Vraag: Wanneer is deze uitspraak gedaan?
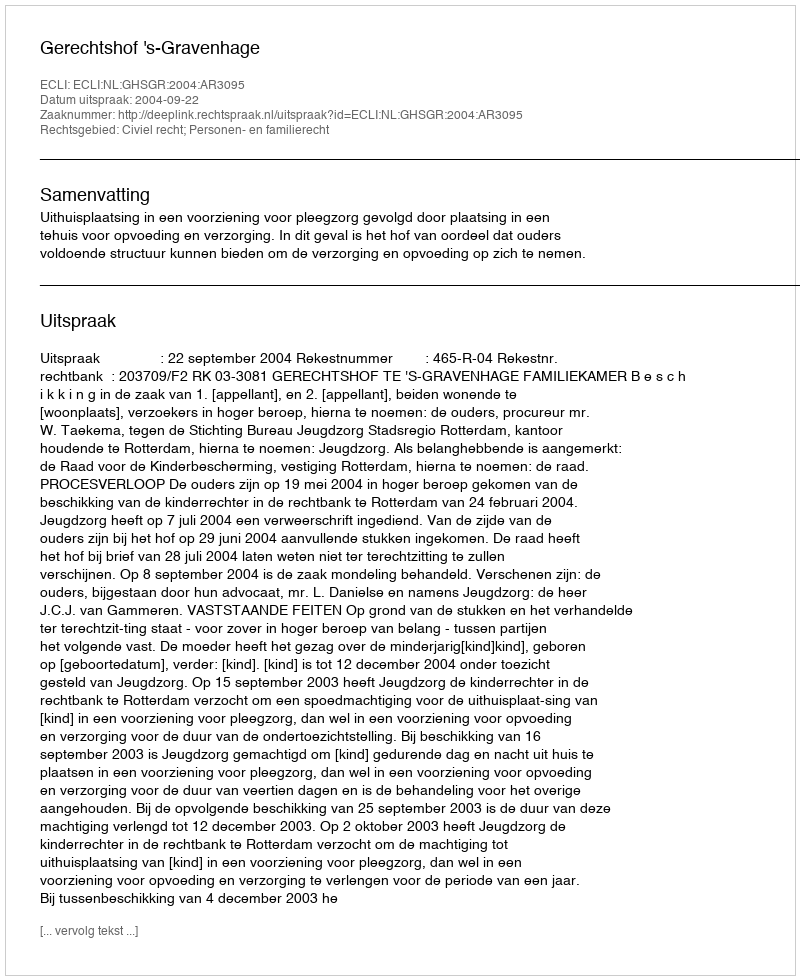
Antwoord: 2004-09-22